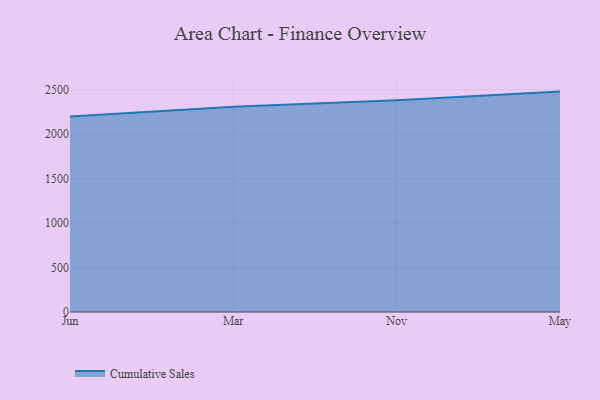
{"axis": {"x": "Month", "y": "Demand Index"}, "legend": ["Cumulative Sales"], "data": [{"x": "Jun", "y": 2200.4, "type": "Cumulative Sales"}, {"x": "Mar", "y": 2308.3, "type": "Cumulative Sales"}, {"x": "Nov", "y": 2381.2, "type": "Cumulative Sales"}, {"x": "May", "y": 2479.2, "type": "Cumulative Sales"}]}